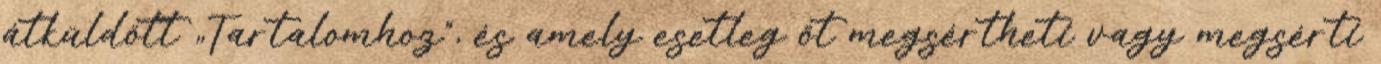
átküldött „Tartalomhoz”, és amely esetleg őt megsértheti vagy megsérti